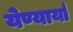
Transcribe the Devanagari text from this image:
येण्यार्या